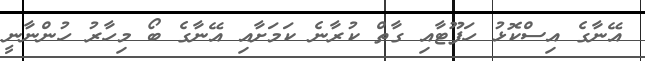
އޭނާގެ އިސްކޮޅު ހަފޫޓާއި ގާތް ކުރާނެ ކަމަށާއި އޭނާގެ ބޯ މިހާރު ހުންނާނީ